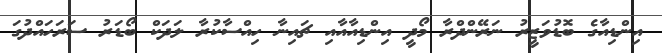
އިންޑިއާގެ ބޮޑުވަޒީރު ނަރޭންދްރާ މޯދީ އިންޑިއާއާއި ޗައިނާ ހިއްސާކުރާ ލަދަކް ބޯޑަރު ސަރަހައްދުގަ